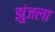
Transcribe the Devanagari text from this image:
झुंजला